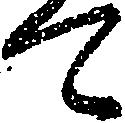
て